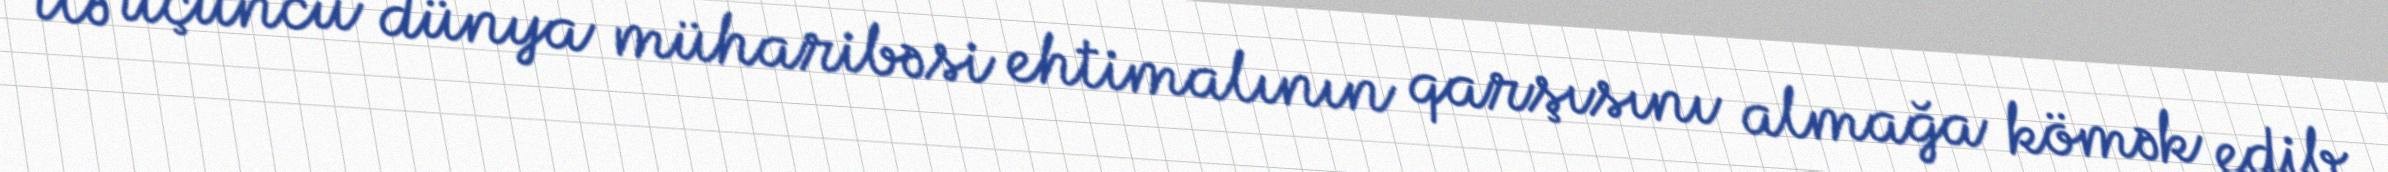
ilə üçüncü dünya müharibəsi ehtimalının qarşısını almağa kömək edib.